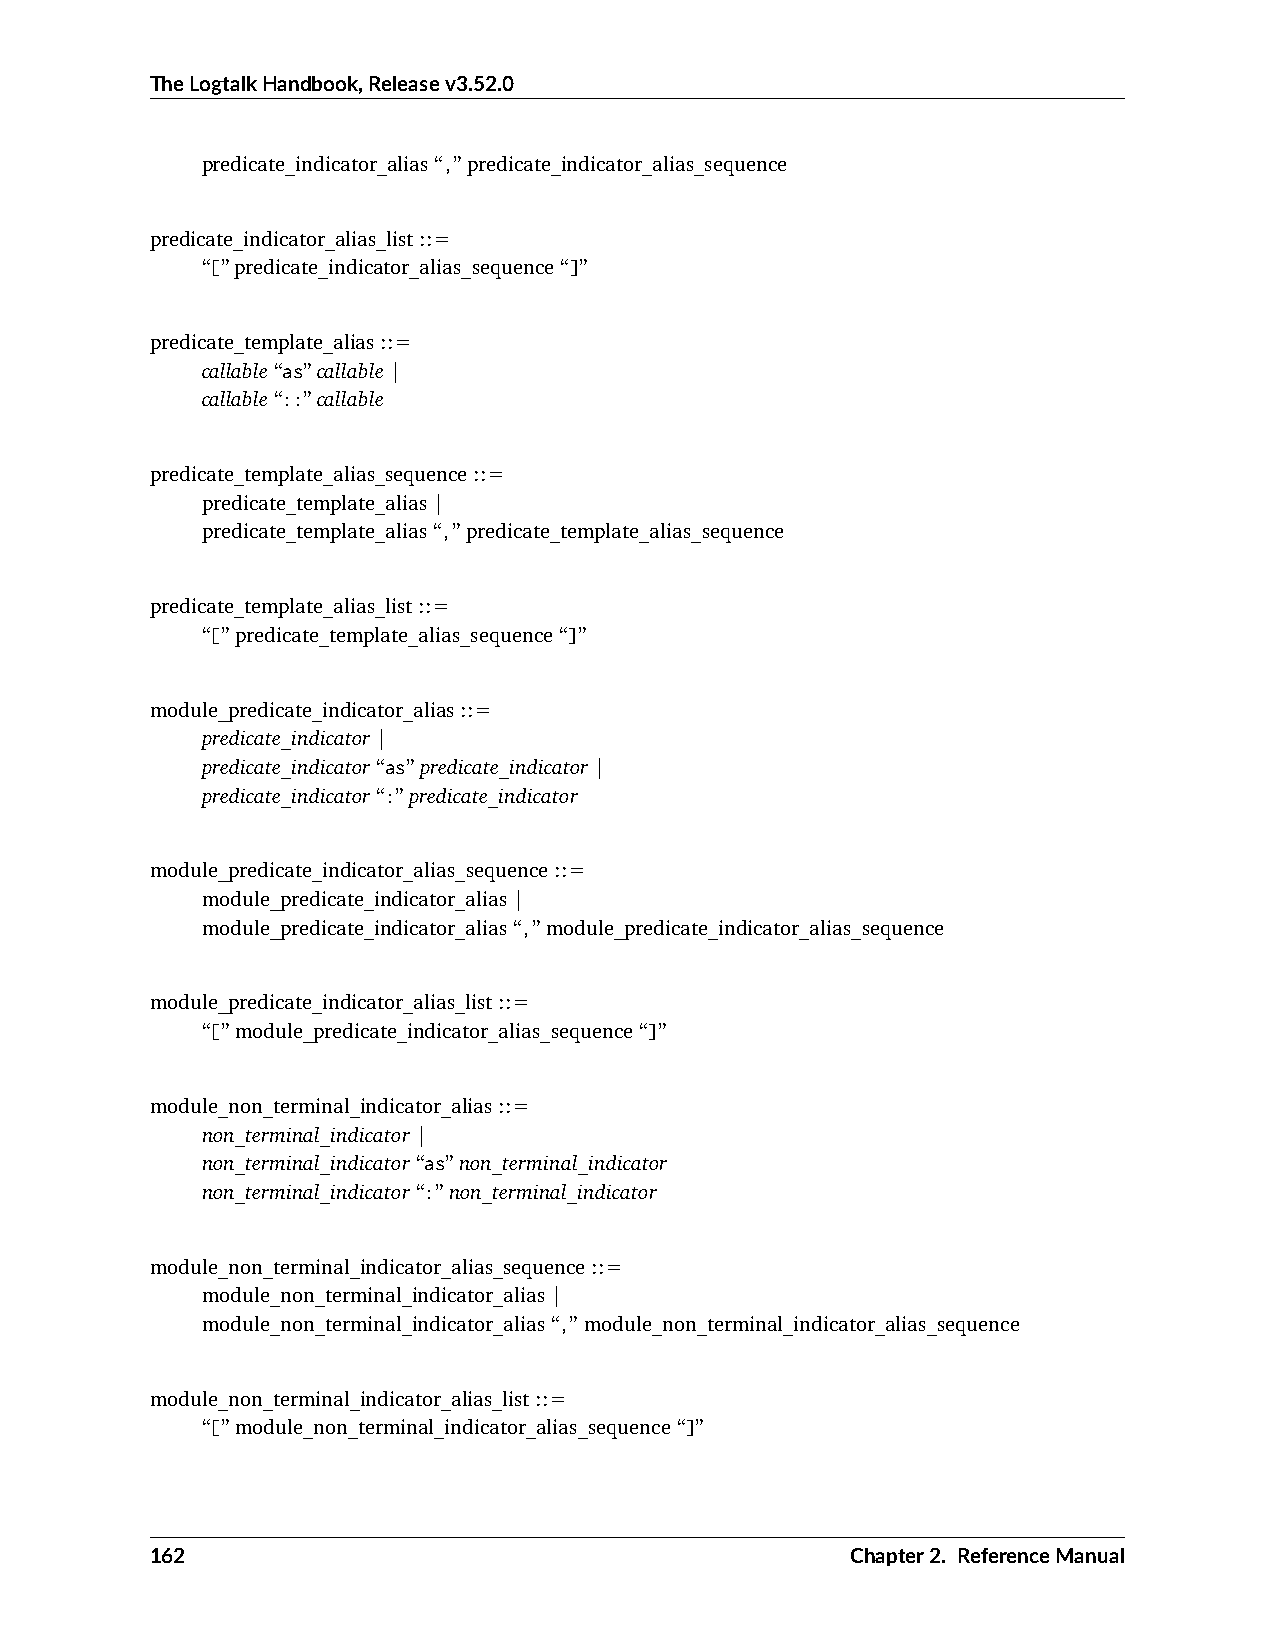
TheLogtalkHandbook,Releasev3.52.0
 predicate_indicator_alias“,”predicate_indicator_alias_sequence
 predicate_indicator_alias_list::=
 “[”predicate_indicator_alias_sequence“]”
 predicate_template_alias::=
 callable“as”callable|
 callable“::”callable
 predicate_template_alias_sequence::=
 predicate_template_alias|
 predicate_template_alias“,”predicate_template_alias_sequence
 predicate_template_alias_list::=
 “[”predicate_template_alias_sequence“]”
 module_predicate_indicator_alias::=
 predicate_indicator|
 predicate_indicator“as”predicate_indicator|
 predicate_indicator“:”predicate_indicator
 module_predicate_indicator_alias_sequence::=
 module_predicate_indicator_alias|
 module_predicate_indicator_alias“,”module_predicate_indicator_alias_sequence
 module_predicate_indicator_alias_list::=
 “[”module_predicate_indicator_alias_sequence“]”
 module_non_terminal_indicator_alias::=
 non_terminal_indicator|
 non_terminal_indicator“as”non_terminal_indicator
 non_terminal_indicator“:”non_terminal_indicator
 module_non_terminal_indicator_alias_sequence::=
 module_non_terminal_indicator_alias|
 module_non_terminal_indicator_alias“,”module_non_terminal_indicator_alias_sequence
 module_non_terminal_indicator_alias_list::=
 “[”module_non_terminal_indicator_alias_sequence“]”
 162                                           Chapter2. ReferenceManual